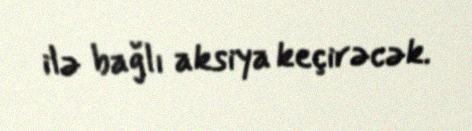
ilə bağlı aksiya keçirəcək.